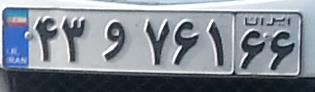
۴۳و۷۶۱۶۶